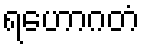
ရဟောဂတံ